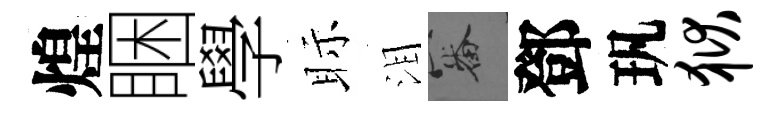
煌睏學眎泪審鄧㺬狱